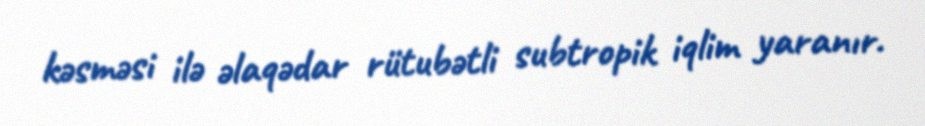
kəsməsi ilə əlaqədar rütubətli subtropik iqlim yaranır.